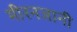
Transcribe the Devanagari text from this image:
मीरनजानी